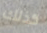
كذلك